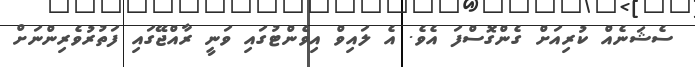
ސެޝަނެއް ކުރިއަށް ގެންގޮސްފަ އެވެ. އެ ލައިވް އިވެންޓުގައި ވަނީ ރާއްޖޭގައި ފަތުރުވެރިންނަށް